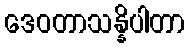
ဒေဝတာသန္နိပါတာ